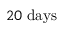
2 0 \; \mathrm { d a y s }